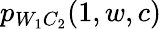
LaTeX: p_{W_{1}C_{2}}(1,w,c)